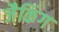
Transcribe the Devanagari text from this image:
जैकिंग